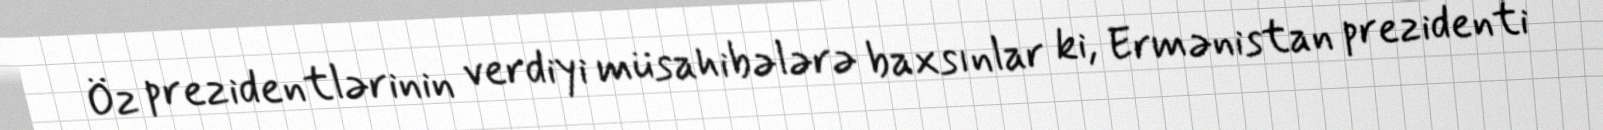
Öz prezidentlərinin verdiyi müsahibələrə baxsınlar ki, Ermənistan prezidenti